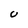
Character: U